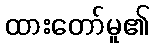
ထားတော်မူ၏